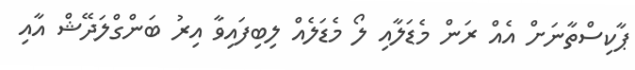
ޕާކިސްތާނަށް އެއް ރަން މެޑަލާއި ލޯ މެޑަލެއް ލިބިފައިވާ އިރު ބަންގްލަދޭޝް އާއި